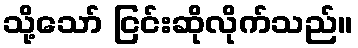
သို့သော် ငြင်းဆိုလိုက်သည်။